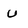
Character: U